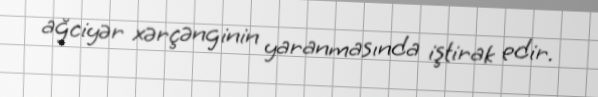
ağciyər xərçənginin yaranmasında iştirak edir.